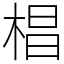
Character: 椙